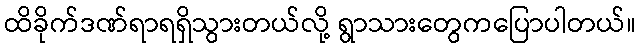
ထိခိုက်ဒဏ်ရာရရှိသွားတယ်လို့ ရွာသားတွေကပြောပါတယ်။